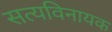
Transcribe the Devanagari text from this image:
सत्यविनायक